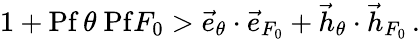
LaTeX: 1+\mathrm{Pf}\, \theta\ \mathrm{Pf}F_{0}>\vec{e}_{\theta}\cdot\vec{e}_{F_{0}}+\vec{h}_{\theta}\cdot\vec{h}_{F_{0}}\, .